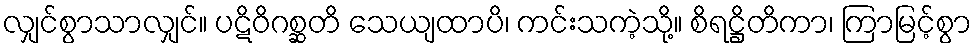
လျှင်စွာသာလျှင်။ ပဋိဝိဂစ္ဆတိ သေယျထာပိ၊ ကင်းသကဲ့သို့။ စိရဋ္ဌိတိကာ၊ ကြာမြင့်စွာ